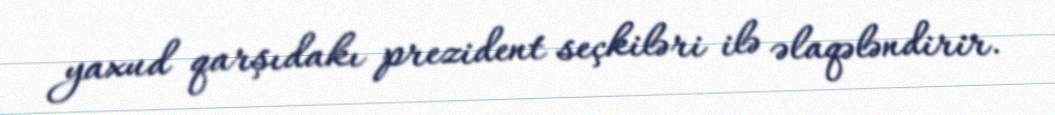
yaxud qarşıdakı prezident seçkiləri ilə əlaqələndirir.